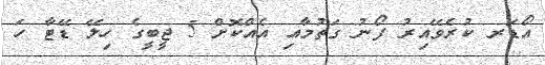
އޯޑަރ ކުރެވޭއިރު ފޯނު ގަތުމާއި އެއްކޮށް 5 ޖީބީގެ ހިލޭ ޑޭޓާ ހަ